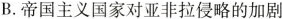
B.帝国主义国家对亚非拉侵略的加剧